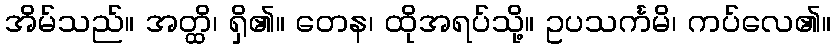
အိမ်သည်။ အတ္ထိ၊ ရှိ၏။ တေန၊ ထိုအရပ်သို့။ ဥပသင်္ကမိ၊ ကပ်လေ၏။